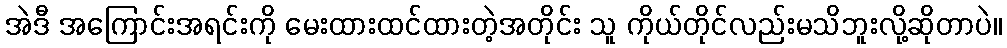
အဲဒီ အကြောင်းအရင်းကို မေးထားထင်ထားတဲ့အတိုင်း သူ ကိုယ်တိုင်လည်းမသိဘူးလို့ဆိုတာပဲ။